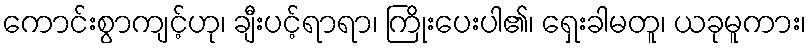
ကောင်းစွာကျင့်ဟု၊ ချီးပင့်ရာရာ၊ ကြိုးပေးပါ၏၊ ရှေးခါမတူ၊ ယခုမူကား၊